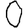
Digit: 0